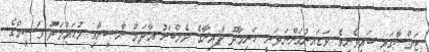
ޖަލްސާގައި ބައިވެރިވެ ވަޑައިނުގަންނަވަނީ ހަނިމާދޫ ދާއިރާގެ މެމްބަރު އާދަމް ނާޞިރާއި މުޙައްމަދު ވަސީމްގެ